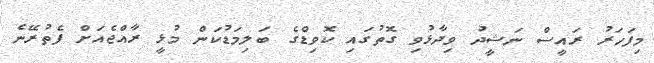
މިފަހަރު ރައީސް ނަޝީދު ވިދާޅުވި ގޮތުގައި ކޮވިޑްގެ ބަލިމަޑުކަން މުޅީ ރާއްޖެއަށް ފެތުރޭނެ